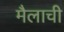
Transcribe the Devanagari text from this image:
मैलाची